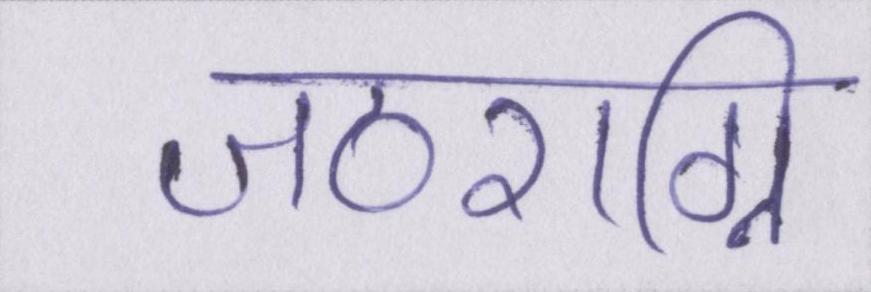
जठराग्नि